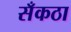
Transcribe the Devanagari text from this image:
सँकठा